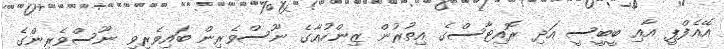
އޭއެފްޕީ އާއި ބީބީސީ އަދި ރޮއިޓާސްގެ އިތުރުން ޒިންހުއާގެ ނޫސްވެރިން ބައިވެރިވި ނޫސްވެރިންގެ